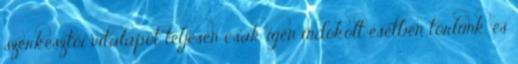
szerkesztői vitalapot teljesen csak igen indokolt esetben törlünk, és